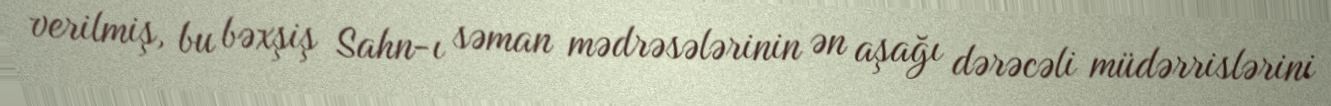
verilmiş, bu bəxşiş Sahn-ı səman mədrəsələrinin ən aşağı dərəcəli müdərrislərini